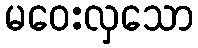
မဝေးလှသော